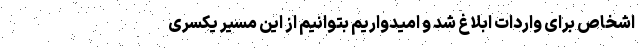
اشخاص برای واردات ابلاغ شد و امیدواریم بتوانیم از این مسیر یکسری